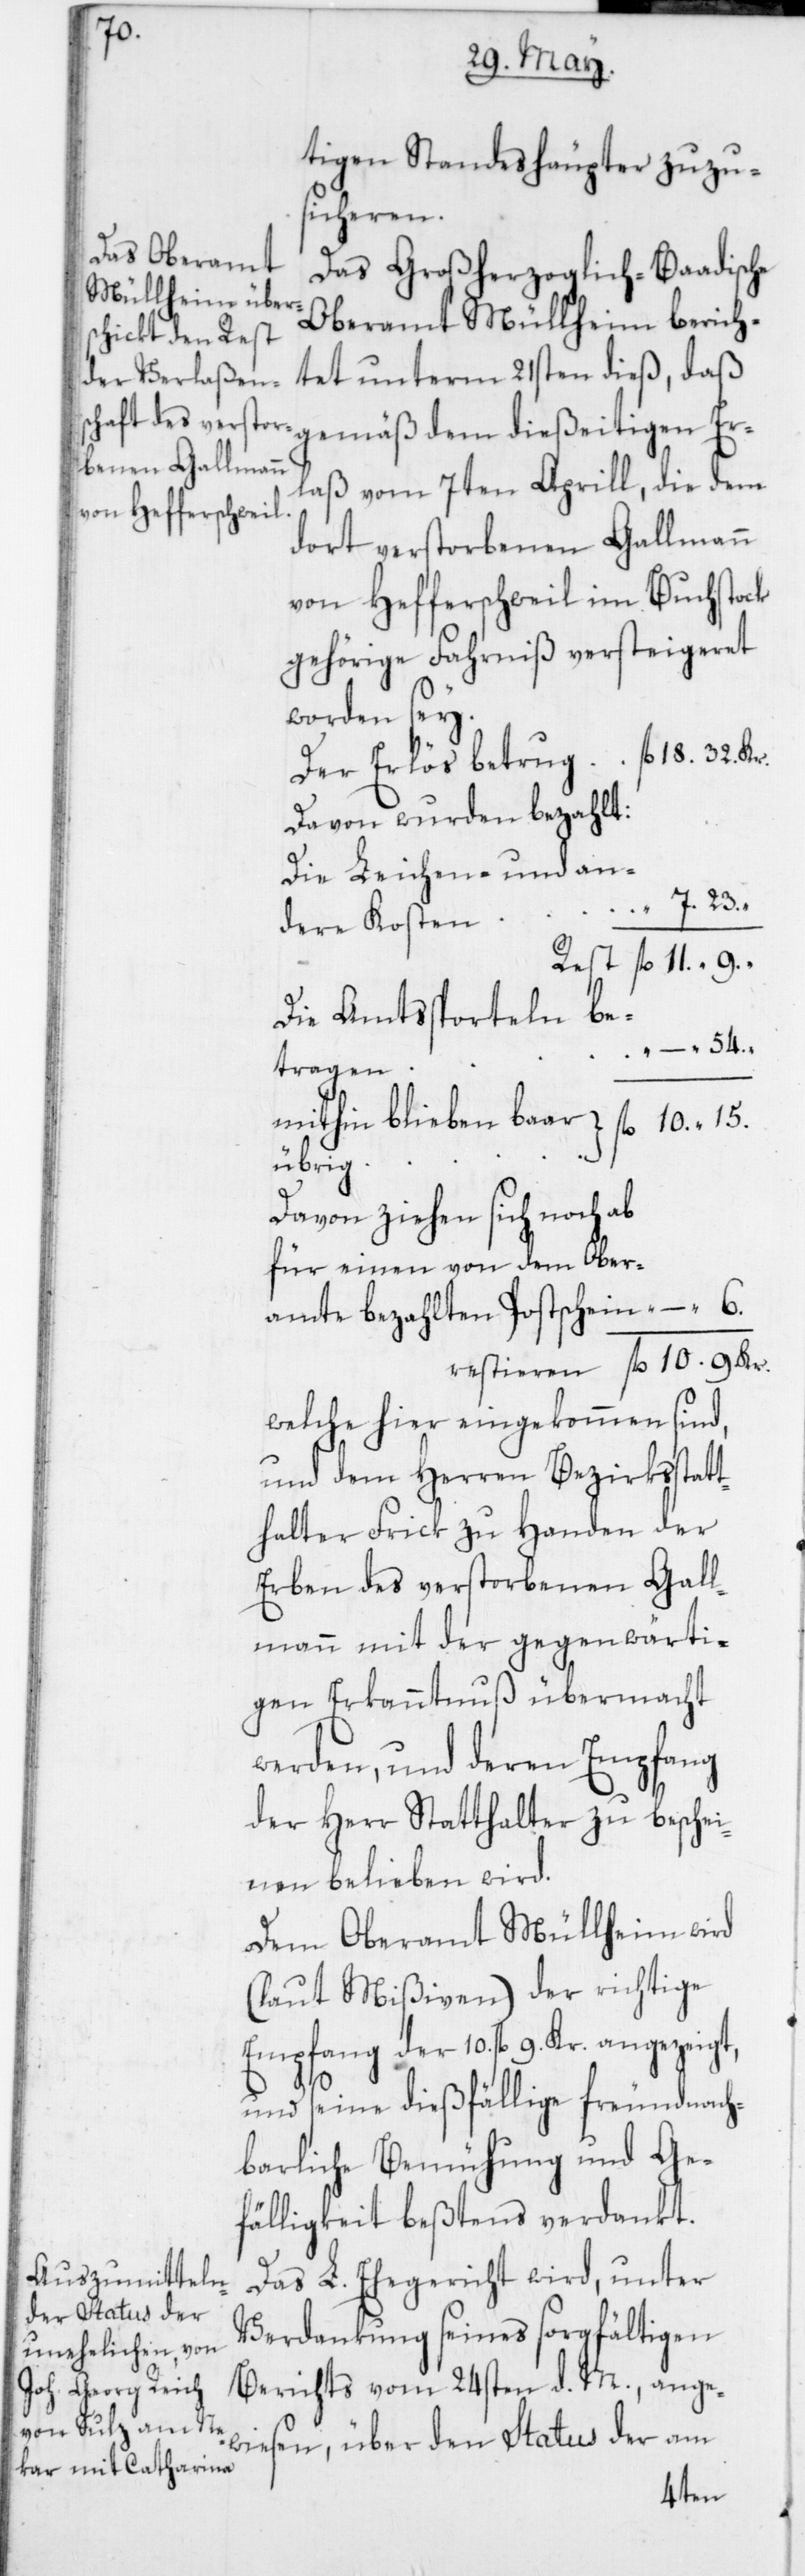
Kr.

tigen Standeshäupter zuzu¬
sicheren.
Das Großherzoglich-Baadische
Oberamt Müllheim berich¬
tet unterm 21sten dieß, daß
gemäß dem dießeitigen Er¬
laß vom 7ten Aprill, die dem
dort verstorbenen Gallmann
von Hefferschweil im Buchstock
gehörige Fahrnis versteigeret
worden sey.
Der Erlös betrug
Davon wurden bezahlt:
Die Leichen- und an¬
dere Kosten
Die Amtsporteln be¬
tragen
mithin blieben baar
übrig
Davon ziehen sich noch ab
für einen von dem Ober¬
amte bezahlten Postschein
welche hier eingekommen sind,
und dem Herren Bezirksstatt¬
halter Frick zu Handen der
Erben des verstorbenen Gall¬
mann mit der gegenwärti¬
gen Erkanntnuß übermacht
werden, und deren Empfang
der Herr Statthalter zu beschei¬
nen belieben wird.
Dem Oberamt Müllheim wird
(laut Mißiven) der richtige
Empfang der 10. fl. 9. Kr. angezeigt,
und seine dießfällige freundnach¬
barliche Bemühung und Ge¬
fälligkeit beßtens verdankt.
Das L. Ehegericht wird, unter
Verdankung seines sorgfältigen
Berichts vom 24sten d. M., ange¬
wiesen, über den Status der am